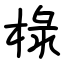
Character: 椂